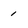
Character: 1